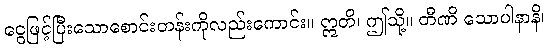
ငွေဖြင့်ပြီးသောစောင်းတန်းကိုလည်းကောင်း။ ဣတိ၊ ဤသို့။ တီဏိ သောပါနာနိ၊